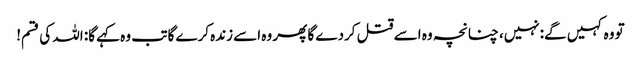
تو وہ کہیں گے:نہیں، چنانچہ وہ اسے قتل کردے گا پھر وہ اسے زندہ کرے گا تب وہ کہے گا: اللہ کی قسم!